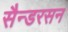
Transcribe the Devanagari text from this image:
सैन्डरसन